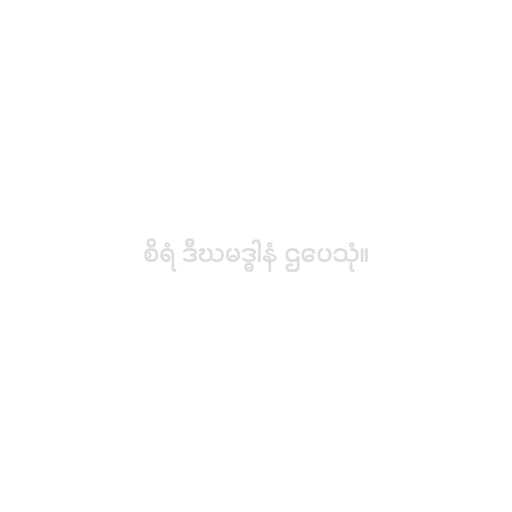
စိရံ ဒီဃမဒ္ဓါနံ ဌပေသုံ။